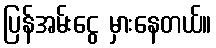
ပြန်အမ်းငွေ မှားနေတယ်။